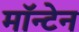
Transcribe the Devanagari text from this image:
मॉन्टेन